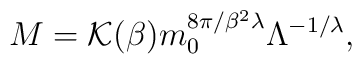
M={\cal K}(\beta)m_0^{{8\pi}/{\beta^2\lambda}}\Lambda^{-{1}/{\lambda}},